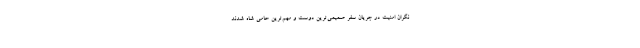
نگران امنیت در جریان سفر صمیمی‌ترین دوست و مهم‌ترین حامی شاه شدند